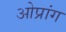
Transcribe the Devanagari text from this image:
ओप्रांग